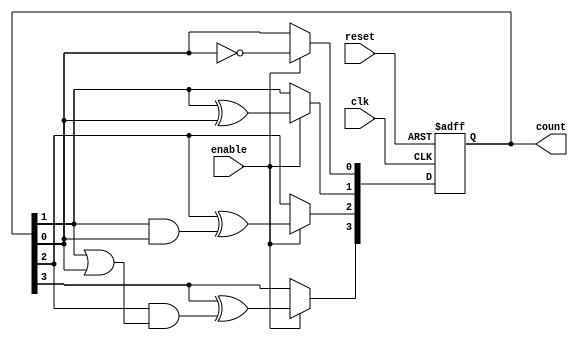
module chained_parallel_counter (
    input wire clk,          // Clock input
    input wire reset,        // Asynchronous reset
    input wire enable,       // Enable signal
    output reg [3:0] count   // 4-bit counter output (adjust width as needed)
);

// Counter logic (Ripple Counter)
always @(posedge clk or posedge reset) begin
    if (reset) begin
        count <= 4'b0000; // Reset to zero
    end else if (enable) begin
        // Ripple counting logic
        count[0] <= ~count[0]; // Toggle LSB
        count[1] <= count[1] ^ count[0]; // Toggle next bit based on LSB
        count[2] <= count[2] ^ (count[1] & count[0]); // Toggle next bit based on previous bits
        count[3] <= count[3] ^ (count[2] & (count[1] | count[0])); // Toggle MSB based on previous bits
    end
end

endmodule